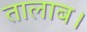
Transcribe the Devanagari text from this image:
तालाब।